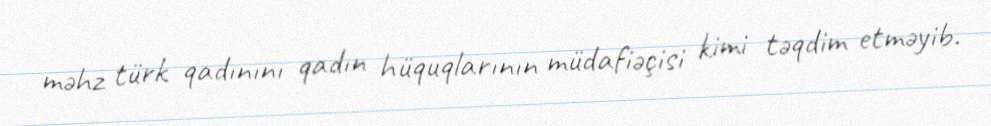
məhz türk qadınını qadın hüquqlarının müdafiəçisi kimi təqdim etməyib.